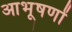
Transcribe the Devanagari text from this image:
आभूषणों